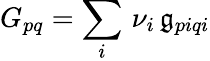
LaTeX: {G_{pq}=\sum_{i}\, \nu_{i}\, \mathfrak{g}_{piqi}}